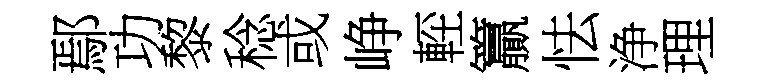
鄢功黎稔或峥䡖籯怯浄理